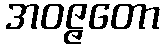
အဝဇ္ဇတော